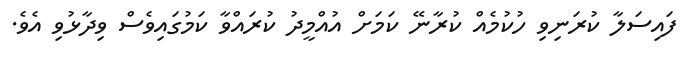
ފައިސަލާ ކުރަނިވި ހުކުމެއް ކުރާނޭ ކަމަށް އުއްމީދު ކުރައްވާ ކަމުގައިވެސް ވިދާޅުވި އެވެ.